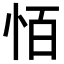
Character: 𪫮